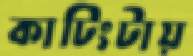
কাটিংটায়